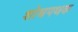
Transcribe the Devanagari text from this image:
शोधपथक